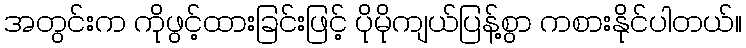
အတွင်းက ကိုဖွင့်ထားခြင်းဖြင့် ပိုမိုကျယ်ပြန့်စွာ ကစားနိုင်ပါတယ်။